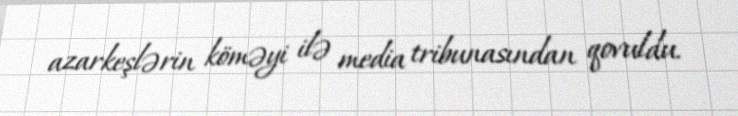
azarkeşlərin köməyi ilə media tribunasından qovuldu.